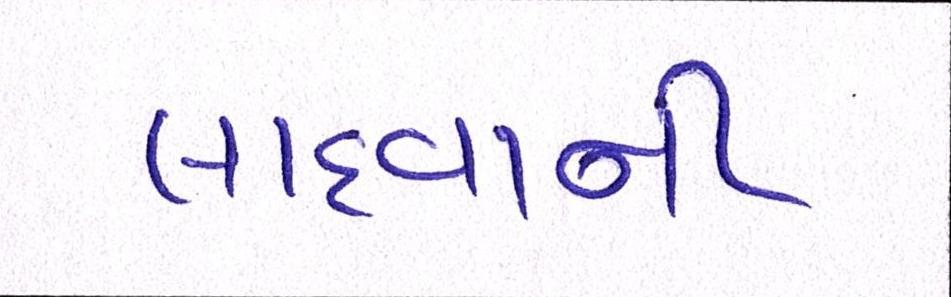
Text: લાદવાની